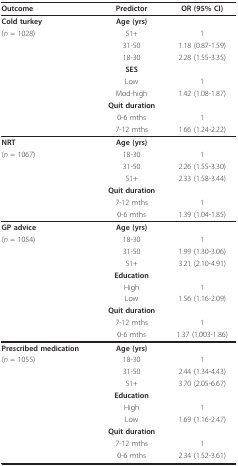
<table><thead><tr><td><b>Outcome</b></td><td><b>Predictor</b></td><td><b>OR (95% CI)</b></td></tr></thead><tbody><tr><td><b>Cold turkey</b></td><td><b>Age (yrs)</b></td><td></td></tr><tr><td>(<i>n </i>= 1028)</td><td>51+</td><td>1</td></tr><tr><td></td><td>31-50</td><td>1.18 (0.87-1.59)</td></tr><tr><td></td><td>18-30</td><td>2.28 (1.55-3.35)</td></tr><tr><td></td><td><b>SES</b></td><td></td></tr><tr><td></td><td>Low</td><td>1</td></tr><tr><td></td><td>Mod-high</td><td>1.42 (1.08-1.87)</td></tr><tr><td></td><td><b>Quit duration</b></td><td></td></tr><tr><td></td><td>0-6 mths</td><td>1</td></tr><tr><td></td><td>7-12 mths</td><td>1.66 (1.24-2.22)</td></tr><tr><td><b>NRT</b></td><td><b>Age (yrs)</b></td><td></td></tr><tr><td>(<i>n </i>= 1067)</td><td>18-30</td><td>1</td></tr><tr><td></td><td>31-50</td><td>2.26 (1.55-3.30)</td></tr><tr><td></td><td>51+</td><td>2.33 (1.58-3.44)</td></tr><tr><td></td><td><b>Quit duration</b></td><td></td></tr><tr><td></td><td>7-12 mths</td><td>1</td></tr><tr><td></td><td>0-6 mths</td><td>1.39 (1.04-1.85)</td></tr><tr><td><b>GP advice</b></td><td><b>Age (yrs)</b></td><td></td></tr><tr><td>(<i>n </i>= 1054)</td><td>18-30</td><td>1</td></tr><tr><td></td><td>31-50</td><td>1.99 (1.30-3.06)</td></tr><tr><td></td><td>51+</td><td>3.21 (2.10-4.91)</td></tr><tr><td></td><td><b>Education</b></td><td></td></tr><tr><td></td><td>High</td><td>1</td></tr><tr><td></td><td>Low</td><td>1.56 (1.16-2.09)</td></tr><tr><td></td><td><b>Quit duration</b></td><td></td></tr><tr><td></td><td>7-12 mths</td><td>1</td></tr><tr><td></td><td>0-6 mths</td><td>1.37 (1.003-1.86)</td></tr><tr><td><b>Prescribed medication</b></td><td><b>Age (yrs)</b></td><td></td></tr><tr><td>(<i>n </i>= 1055)</td><td>18-30</td><td>1</td></tr><tr><td></td><td>31-50</td><td>2.44 (1.34-4.43)</td></tr><tr><td></td><td>51+</td><td>3.70 (2.05-6.67)</td></tr><tr><td></td><td><b>Education</b></td><td></td></tr><tr><td></td><td>High</td><td>1</td></tr><tr><td></td><td>Low</td><td>1.69 (1.16-2.47)</td></tr><tr><td></td><td><b>Quit duration</b></td><td></td></tr><tr><td></td><td>7-12 mths</td><td>1</td></tr><tr><td></td><td>0-6 mths</td><td>2.34 (1.52-3.61)</td></tr></tbody></table>